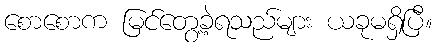
စောစောက မြင်တွေ့ခဲ့ရသည်များ ယခုမရှိပြီ။